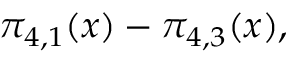
\pi _ { 4 , 1 } ( x ) - \pi _ { 4 , 3 } ( x ) ,